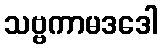
သဗ္ဗကာမဒဒေါ